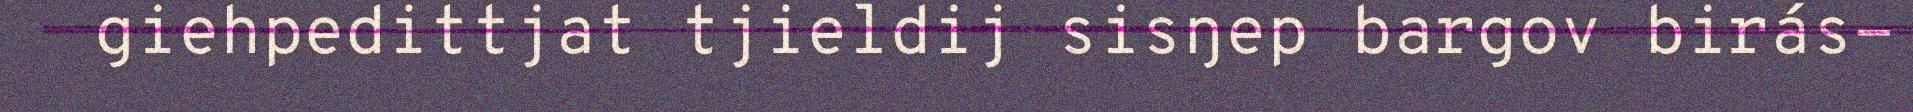
giehpedittjat tjieldij sisŋep bargov birás-